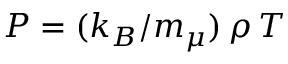
P = ( k _ { B } / m _ { \mu } ) \, \rho \, T